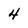
Character: 4